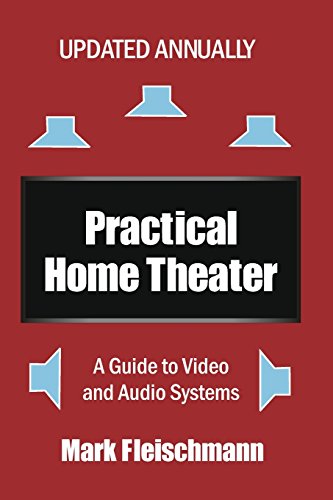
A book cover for Practical Home Theater: A Guide to Video and Audio Systems (2015 Edition); Mark Fleischmann; Science & Math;